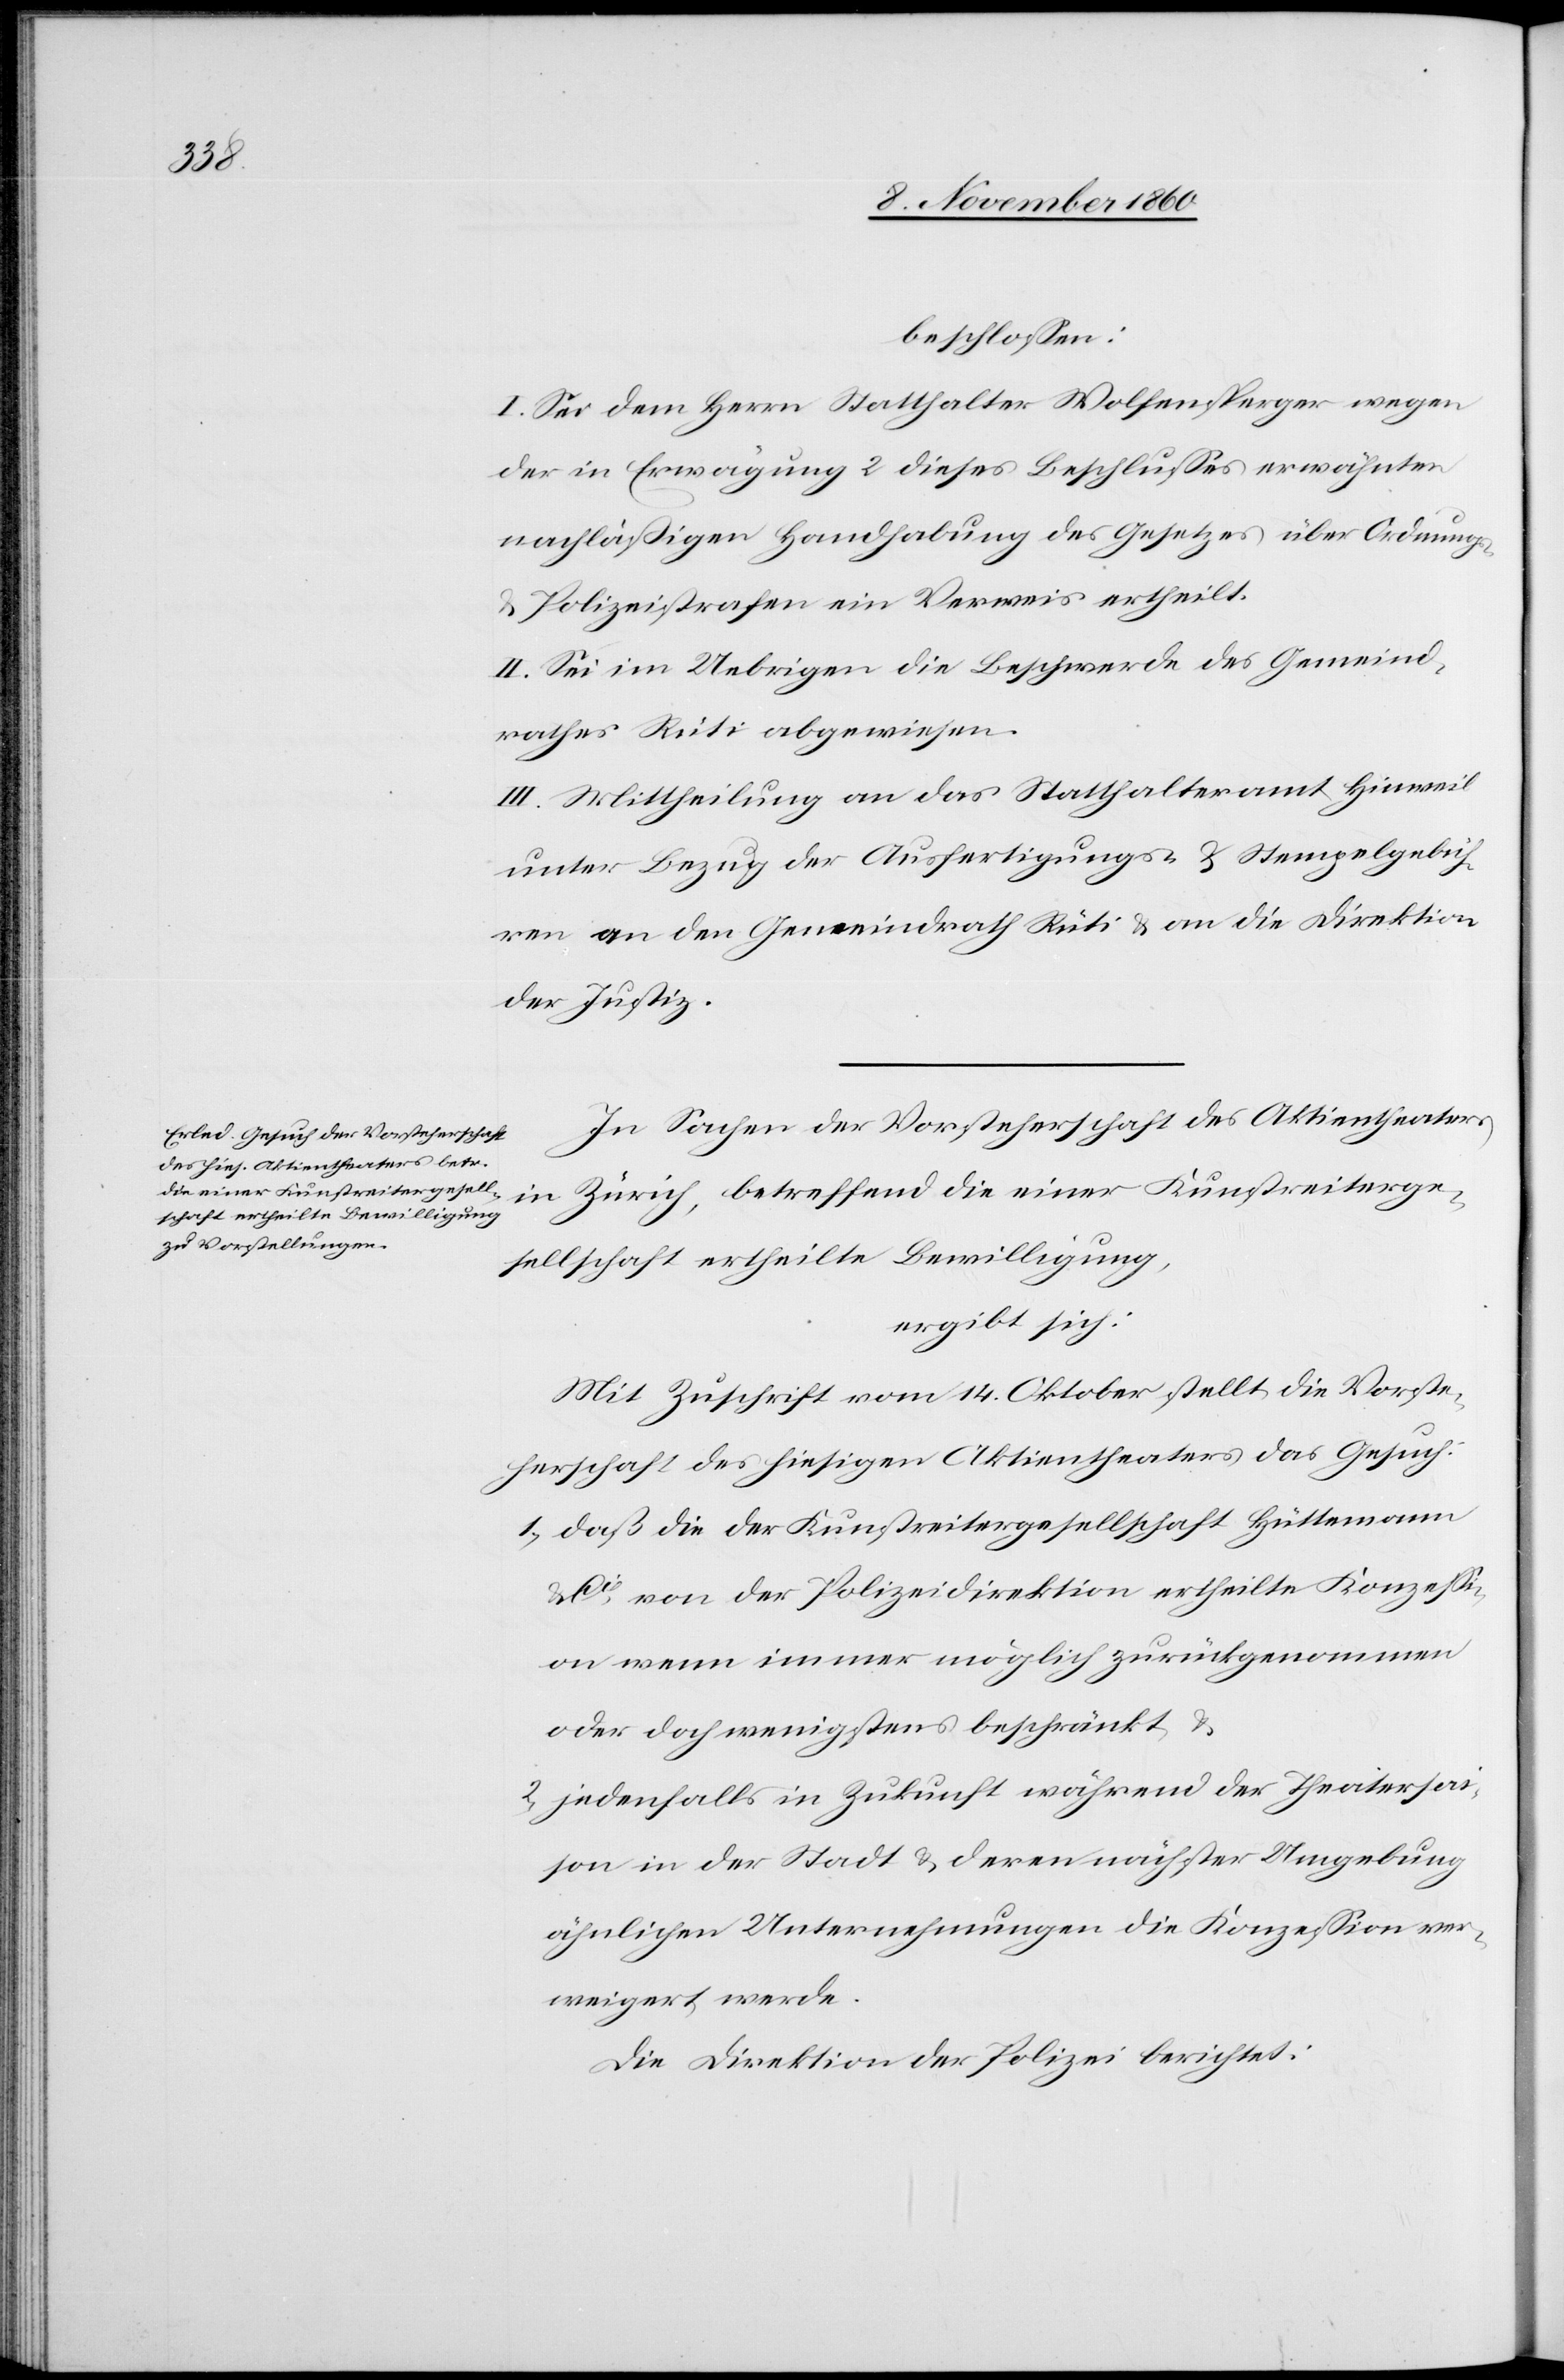
beschlossen:
I. Sei dem Herrn Statthalter Wolfensperger wegen
der in Erwägung 2 dieses Beschlusses erwähnten
nachläßigen Handhabung des Gesetzes über Ordnungs-
u. Polizeistrafen ein Verweis ertheilt.
II. Sei im Uebrigen die Beschwerde des Gemeind¬
rathes Rüti abgewiesen.
III. Mittheilung an das Statthalteramt Hinweil
unter Bezug der Ausfertigungs- u. Stempelgebüh¬
ren an den Gemeindrath Rüti u. an die Direktion
der Justiz.
In Sachen der Vorsteherschaft des Aktientheaters
in Zürich, betreffend die einer Kunstreiterge¬
sellschaft ertheilte Bewilligung,
ergibt sich:
Mit Zuschrift vom 14. Oktober stellt die Vorste¬
herschaft des hiesigen Aktientheaters das Gesuch:
1) daß die der Kunstreitergesellschaft Hüttemann
Cie von der Polizeidirektion ertheilte Konzessi¬
on wenn immer möglich zurückgenommen
oder doch wenigstens beschränkt u.
2) jedenfalls in Zukunft während der Theatersai¬
son der Stadt u. deren nächster Umgebung
ähnlichen Unternehmungen die Konzession ver¬
weigert werde.
Die Direktion der Polizei berichtet: